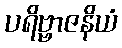
ပရိဗ္ဗာဇနိယံ